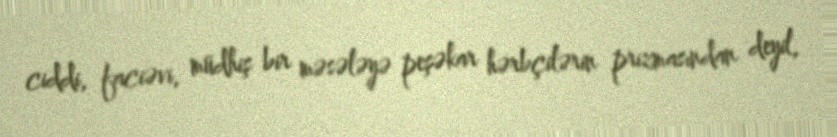
ciddi, faciəvi, müdhiş bir məsələyə peşəkar hərbçilərin prizmasından deyil,